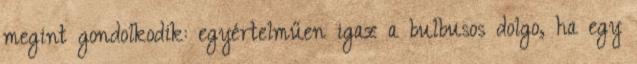
megint gondolkodik: egyértelműen igaz a bulbusos dolgo, ha egy